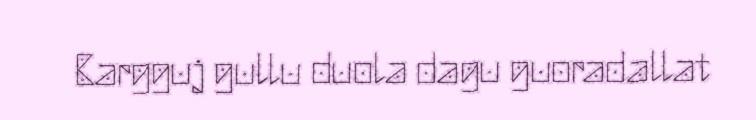
Bargguj gullu duola dagu guoradallat